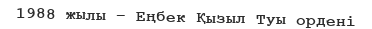
1988 жылы – Еңбек Қызыл Туы ордені